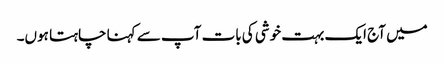
میں آج ایک بہت خوشی کی بات آپ سے کہنا چاہتا ہوں۔